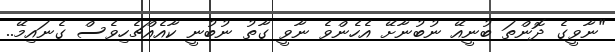
"ނާވީގެ ދޮންތަ ބުނީއޭ ނުބުނާށޭ އެހެންވެ ނާވީ ގާތު ނުބުނީ ކާއެއްޗެހިވެސް ގެނައިމޭ..